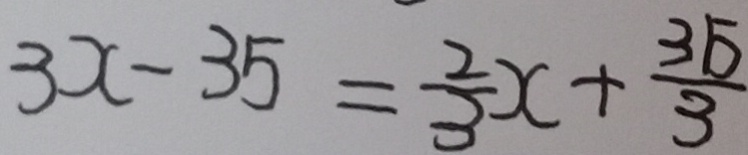
3 x - 3 5 = \frac { 2 } { 3 } x + \frac { 3 5 } { 3 }